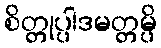
စိတ္တုပ္ပါဒမတ္တမ္ပိ